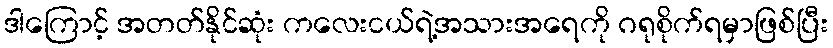
ဒါကြောင့် အတတ်နိုင်ဆုံး ကလေးငယ်ရဲ့အသားအရေကို ဂရုစိုက်ရမှာဖြစ်ပြီး